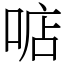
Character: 𠶧